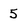
Character: 5